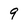
Character: 9